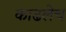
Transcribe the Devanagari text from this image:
काढलेच